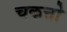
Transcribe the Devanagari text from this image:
चकत्तो